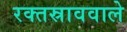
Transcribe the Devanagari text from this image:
रक्तस्राववाले